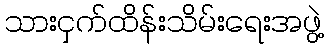
သားငှက်ထိန်းသိမ်းရေးအဖွဲ့